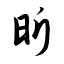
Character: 昕